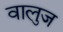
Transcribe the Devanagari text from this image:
वालुज